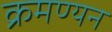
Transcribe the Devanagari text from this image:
क्रमण्यन